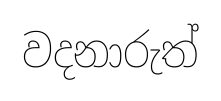
වදනාරුත්